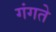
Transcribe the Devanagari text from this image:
गंगते